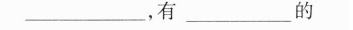
___，有_______的